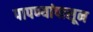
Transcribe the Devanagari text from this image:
पापण्यांपासून